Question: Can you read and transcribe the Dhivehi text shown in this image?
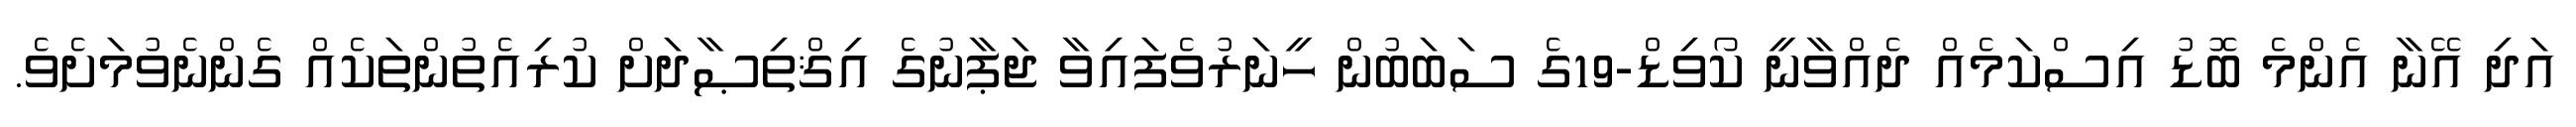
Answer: އަދި އޭނާ އެންމެ ބޮޑު އިސްކަމެއް ދެއްވާނީ ކޯވިޑް-19ގެ ސަބަބުން ހީނަރުވެފައިވާ ޖަޕާނުގެ އިޤްތިޞާދަށް ކުރިއެތުންތަކެއް ގެންނެވުމަށެވެ.